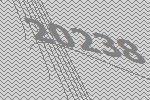
20238